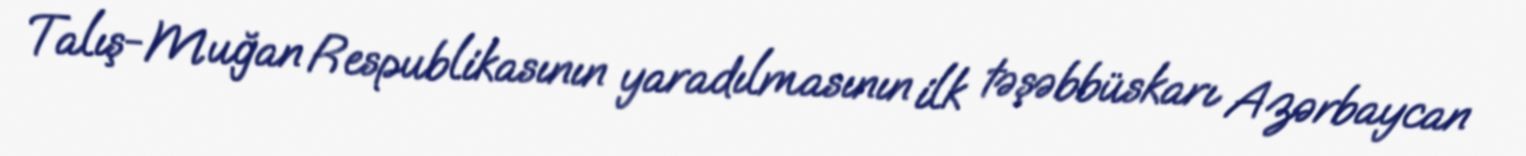
Talış-Muğan Respublikasının yaradılmasının ilk təşəbbüskarı Azərbaycan